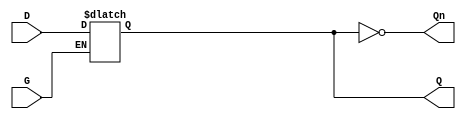
module GatedTransparentLatch (
    input wire D,      // Data Input
    input wire G,      // Gate/Enable Signal
    output reg Q,      // Output
    output wire Qn     // Complement Output
);

// Complement output
assign Qn = ~Q;

// Always block to implement the latch behavior
always @(*) begin
    if (G) begin
        Q = D;  // When G is high, Q follows D
    end
    // When G is low, Q retains its previous value
end

endmodule